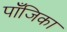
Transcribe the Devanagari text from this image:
पाँजिका